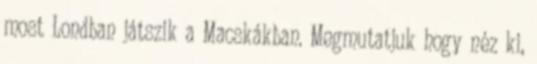
most Londban játszik a Macskákban. Megmutatjuk hogy néz ki,